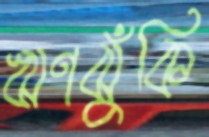
ঋণঝুঁকি